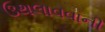
ઉથલાવવાની